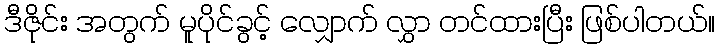
ဒီဇိုင်း အတွက် မူပိုင်ခွင့် လျှောက် လွှာ တင်ထားပြီး ဖြစ်ပါတယ်။